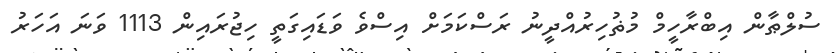
ސުލްޠާން އިބްރާހީމް މުޡުހިރުއްދީނު ރަސްކަމަށް އިސްވެ ވަޑައިގަތީ ހިޖުރައިން 1113 ވަނަ އަހަރު